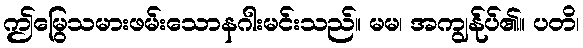
ဤမြွေသမားဖမ်းသောနဂါးမင်းသည်။ မမ၊ အကျွန်ုပ်၏။ ပတိ၊